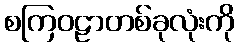
စကြဝဠာတစ်ခုလုံးကို